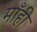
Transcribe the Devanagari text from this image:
माँही